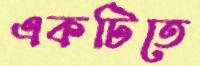
একটিতে